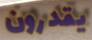
يقدرون